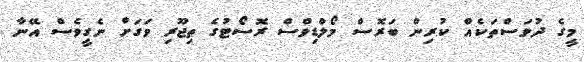
މީގެ ދުވަސްތަކެއް ކުރިން ބަރޮސް މޯލްޑިވްސް ރޮސޯޓުުގެ ތިޖޫރި ވަގަށް ނެގީވެސް އޭނާ